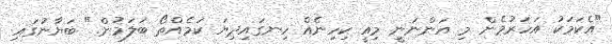
"އެކަމަކު އަަހަރުމެން މި އަންނަނީ މިއީ ކިހިނެއް ހިނގައިދިޔަ ކަމެއްތޯ ބަލަމުން." ބަޔާނުގައި